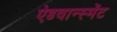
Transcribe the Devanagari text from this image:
ऐडवान्स्मेंट